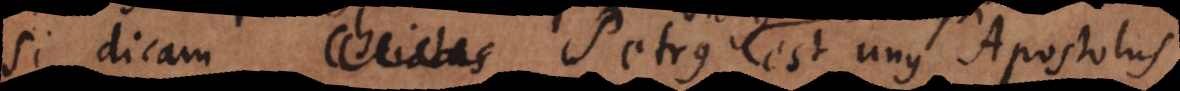
si dicam Petrus est unus Apostolus,